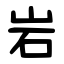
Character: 岩